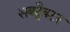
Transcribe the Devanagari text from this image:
सबट्रैक्टर